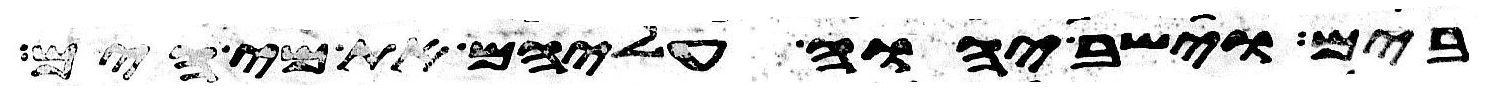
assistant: בים וישב יהוה עליהם את מי הים